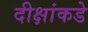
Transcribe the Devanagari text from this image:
दीक्षांकडे